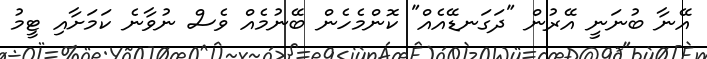
އޭނާ ބުނަނީ އޭރުން "ދަގަނޑޭއެއް" ކޮންމެހެން ބޭނުމެއް ވެސް ނުވާނެ ކަމަށާއި ޓީމު